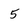
Character: 5